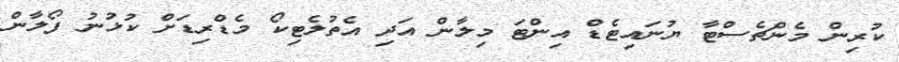
ކުރިން މެންޗެސްޓާ ޔުނައިޓެޑް އިންޓަ މިލާން އަދި އެތުލެޓިކޯ މެޑްރިޑަށް ކުޅުނު ފޯލާން